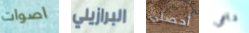
اصوات البرازيلي أحصلي داعى